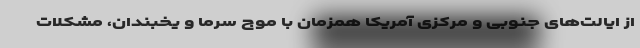
از ایالت‌های جنوبی و مرکزی آمریکا همزمان با موج سرما و یخبندان، مشکلات